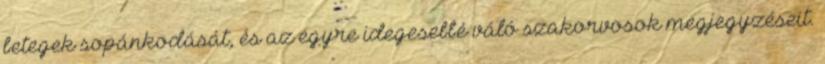
betegek sopánkodását, és az egyre idegesebbé váló szakorvosok megjegyzéseit.